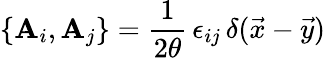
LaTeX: \{ \mathbf{A}_{i},\mathbf{A}_{j}\} ={\frac{{1}}{{2\theta}}}\, \epsilon_{ij}\, \delta(\vec{{x}}-\vec{{y}})